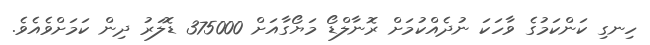
ހިނގި ކަންކަމުގެ ވާހަކަ ނުދެއްކުމަށް ރޮނާާލްޑޯ މަޔޯގާއަށް 375000 ޑޮލަރު ދިން ކަމަށްވެއެވެ.